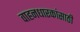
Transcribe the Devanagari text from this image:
वाहनधारकांसाठी